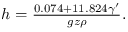
\begin{array} { r } { h = { \frac { 0 . 0 7 4 + 1 1 . 8 2 4 \gamma ^ { \prime } } { g z \rho } } . } \end{array}